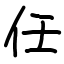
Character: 任